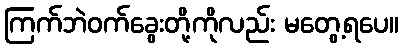
ကြက်ဘဲဝက်ခွေးတို့ကိုလည်း မတွေ့ရပေ။